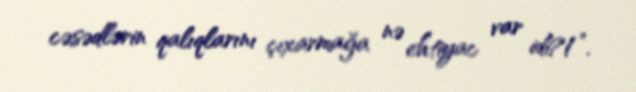
cəsədlərin qalıqlarını çıxarmağa nə ehtiyac var idi?!”.